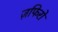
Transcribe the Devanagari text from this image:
ज़फिरो